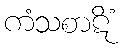
ကံသစာဋိံ